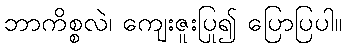
ဘာကိစ္စလဲ၊ ကျေးဇူးပြု၍ ပြောပြပါ။